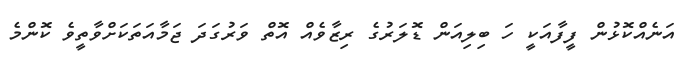
އަނެއްކޮޅުން ފީފާއަކީ ހަ ބިލިއަން ޑޮލަރުގެ ރިޒާވެއް އޮތް ވަރުގަދަ ޖަމާއަތަކަށްވާތީވެ ކޮންމެ